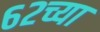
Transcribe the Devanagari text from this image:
६२च्या